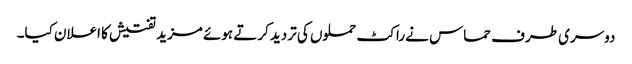
دوسری طرف حماس نے راکٹ حملوں کی تردید کرتے ہوئے مزید تفتیش کا اعلان کیا۔